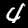
Label: 4